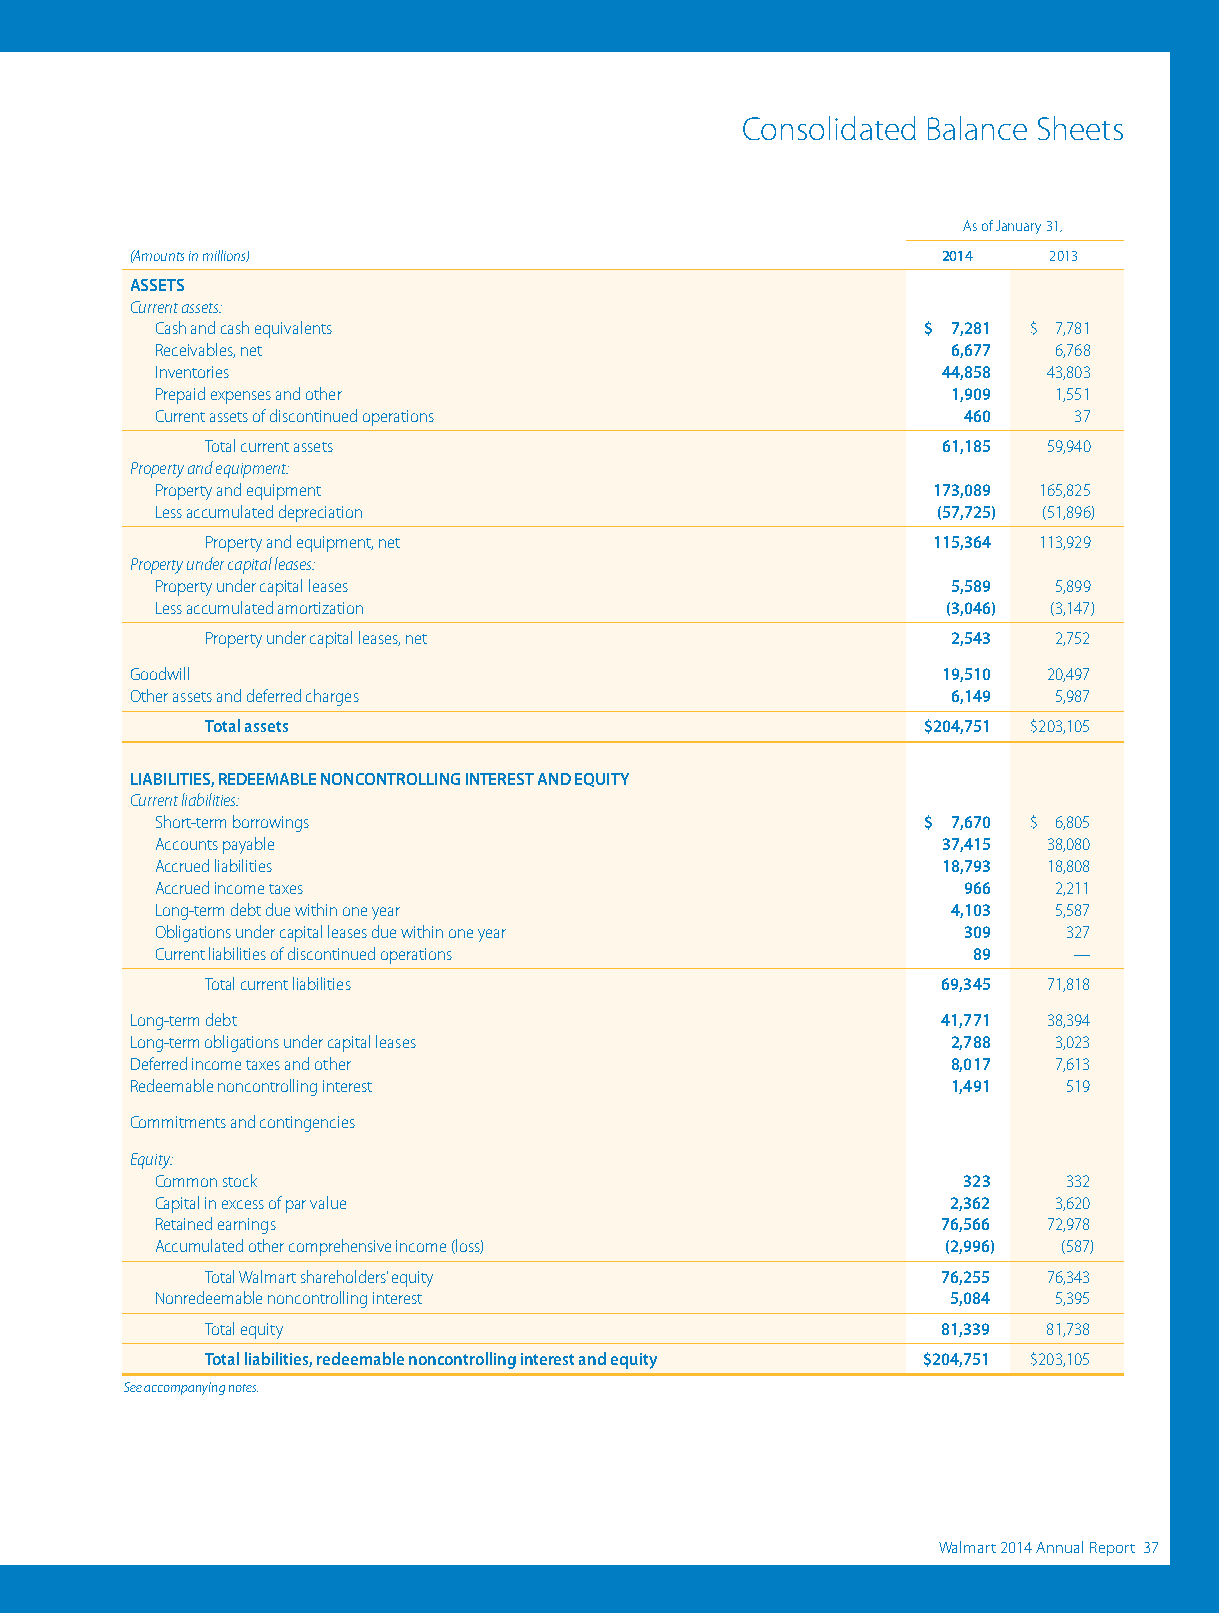
Consolidated Balance Sheets
 As of January 31,
 (Amounts in millions)                                2014   2013
 ASSETS
 Current assets:
 Cash and cash equivalents                          $ 7,281 $ 7,781
 Receivables, net                                     6,677  6,768
 Inventories                                         44,858 43,803
 Prepaid expenses and other                           1,909  1,551
 Current assets of discontinued operations             460    37
 Total current assets                            61,185 59,940
 Property and equipment:
 Property and equipment                              173,089 165,825
 Less accumulated depreciation                       (57,725) (51,896)
 Property and equipment, net                     115,364 113,929
 Property under capital leases:
 Property under capital leases                        5,589  5,899
 Less accumulated amortization                        (3,046) (3,147)
 Property under capital leases, net               2,543  2,752
 Goodwill                                             19,510 20,497
 Other assets and deferred charges                     6,149  5,987
 Total assets                                   $204,751 $203,105
 LIABILITIES, REDEEMABLE NONCONTROLLING INTEREST AND EQUITY
 Current liabilities:
 Short-term borrowings                              $ 7,670 $ 6,805
 Accounts payable                                    37,415 38,080
 Accrued liabilities                                 18,793 18,808
 Accrued income taxes                                  966   2,211
 Long-term debt due within one year                   4,103  5,587
 Obligations under capital leases due within one year  309    327
 Current liabilities of discontinued operations        89     —
 Total current liabilities                       69,345 71,818
 Long-term debt                                       41,771 38,394
 Long-term obligations under capital leases            2,788  3,023
 Deferred income taxes and other                       8,017  7,613
 Redeemable noncontrolling interest                    1,491   519
 Commitments and contingencies
 Equity:
 Common stock                                          323    332
 Capital in excess of par value                       2,362  3,620
 Retained earnings                                   76,566 72,978
 Accumulated other comprehensive income (loss)        (2,996) (587)
 Total Walmart shareholders’ equity              76,255 76,343
 Nonredeemable noncontrolling interest                5,084  5,395
 Total equity                                    81,339 81,738
 Total liabilities, redeemable noncontrolling interest and equity $204,751 $203,105
 See accompanying notes.
 3366 WWaallmmaarrtt 22001144 AAnnnnuuaall RReeppoorrtt        WWaallmmaarrtt 22001144 AAnnnnuuaall RReeppoorrtt 3377